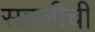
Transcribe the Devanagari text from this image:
सहजीची